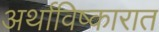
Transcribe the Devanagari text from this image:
अर्थाविष्कारात